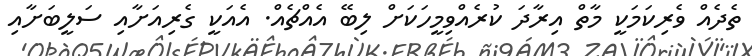
ތެދެއް ވެރިކަމަކީ މާތް އިރާދަ ކުރެއްވިމީހަކަށް ލިބޭ އެއްޗެއް. އެއަކީ ގެރިއަށާއި ސަލީބަށާއި